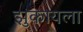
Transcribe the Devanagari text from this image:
झुकायला